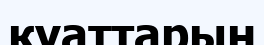
қуаттарын